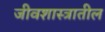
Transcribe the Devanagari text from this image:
जीवशास्त्रातील